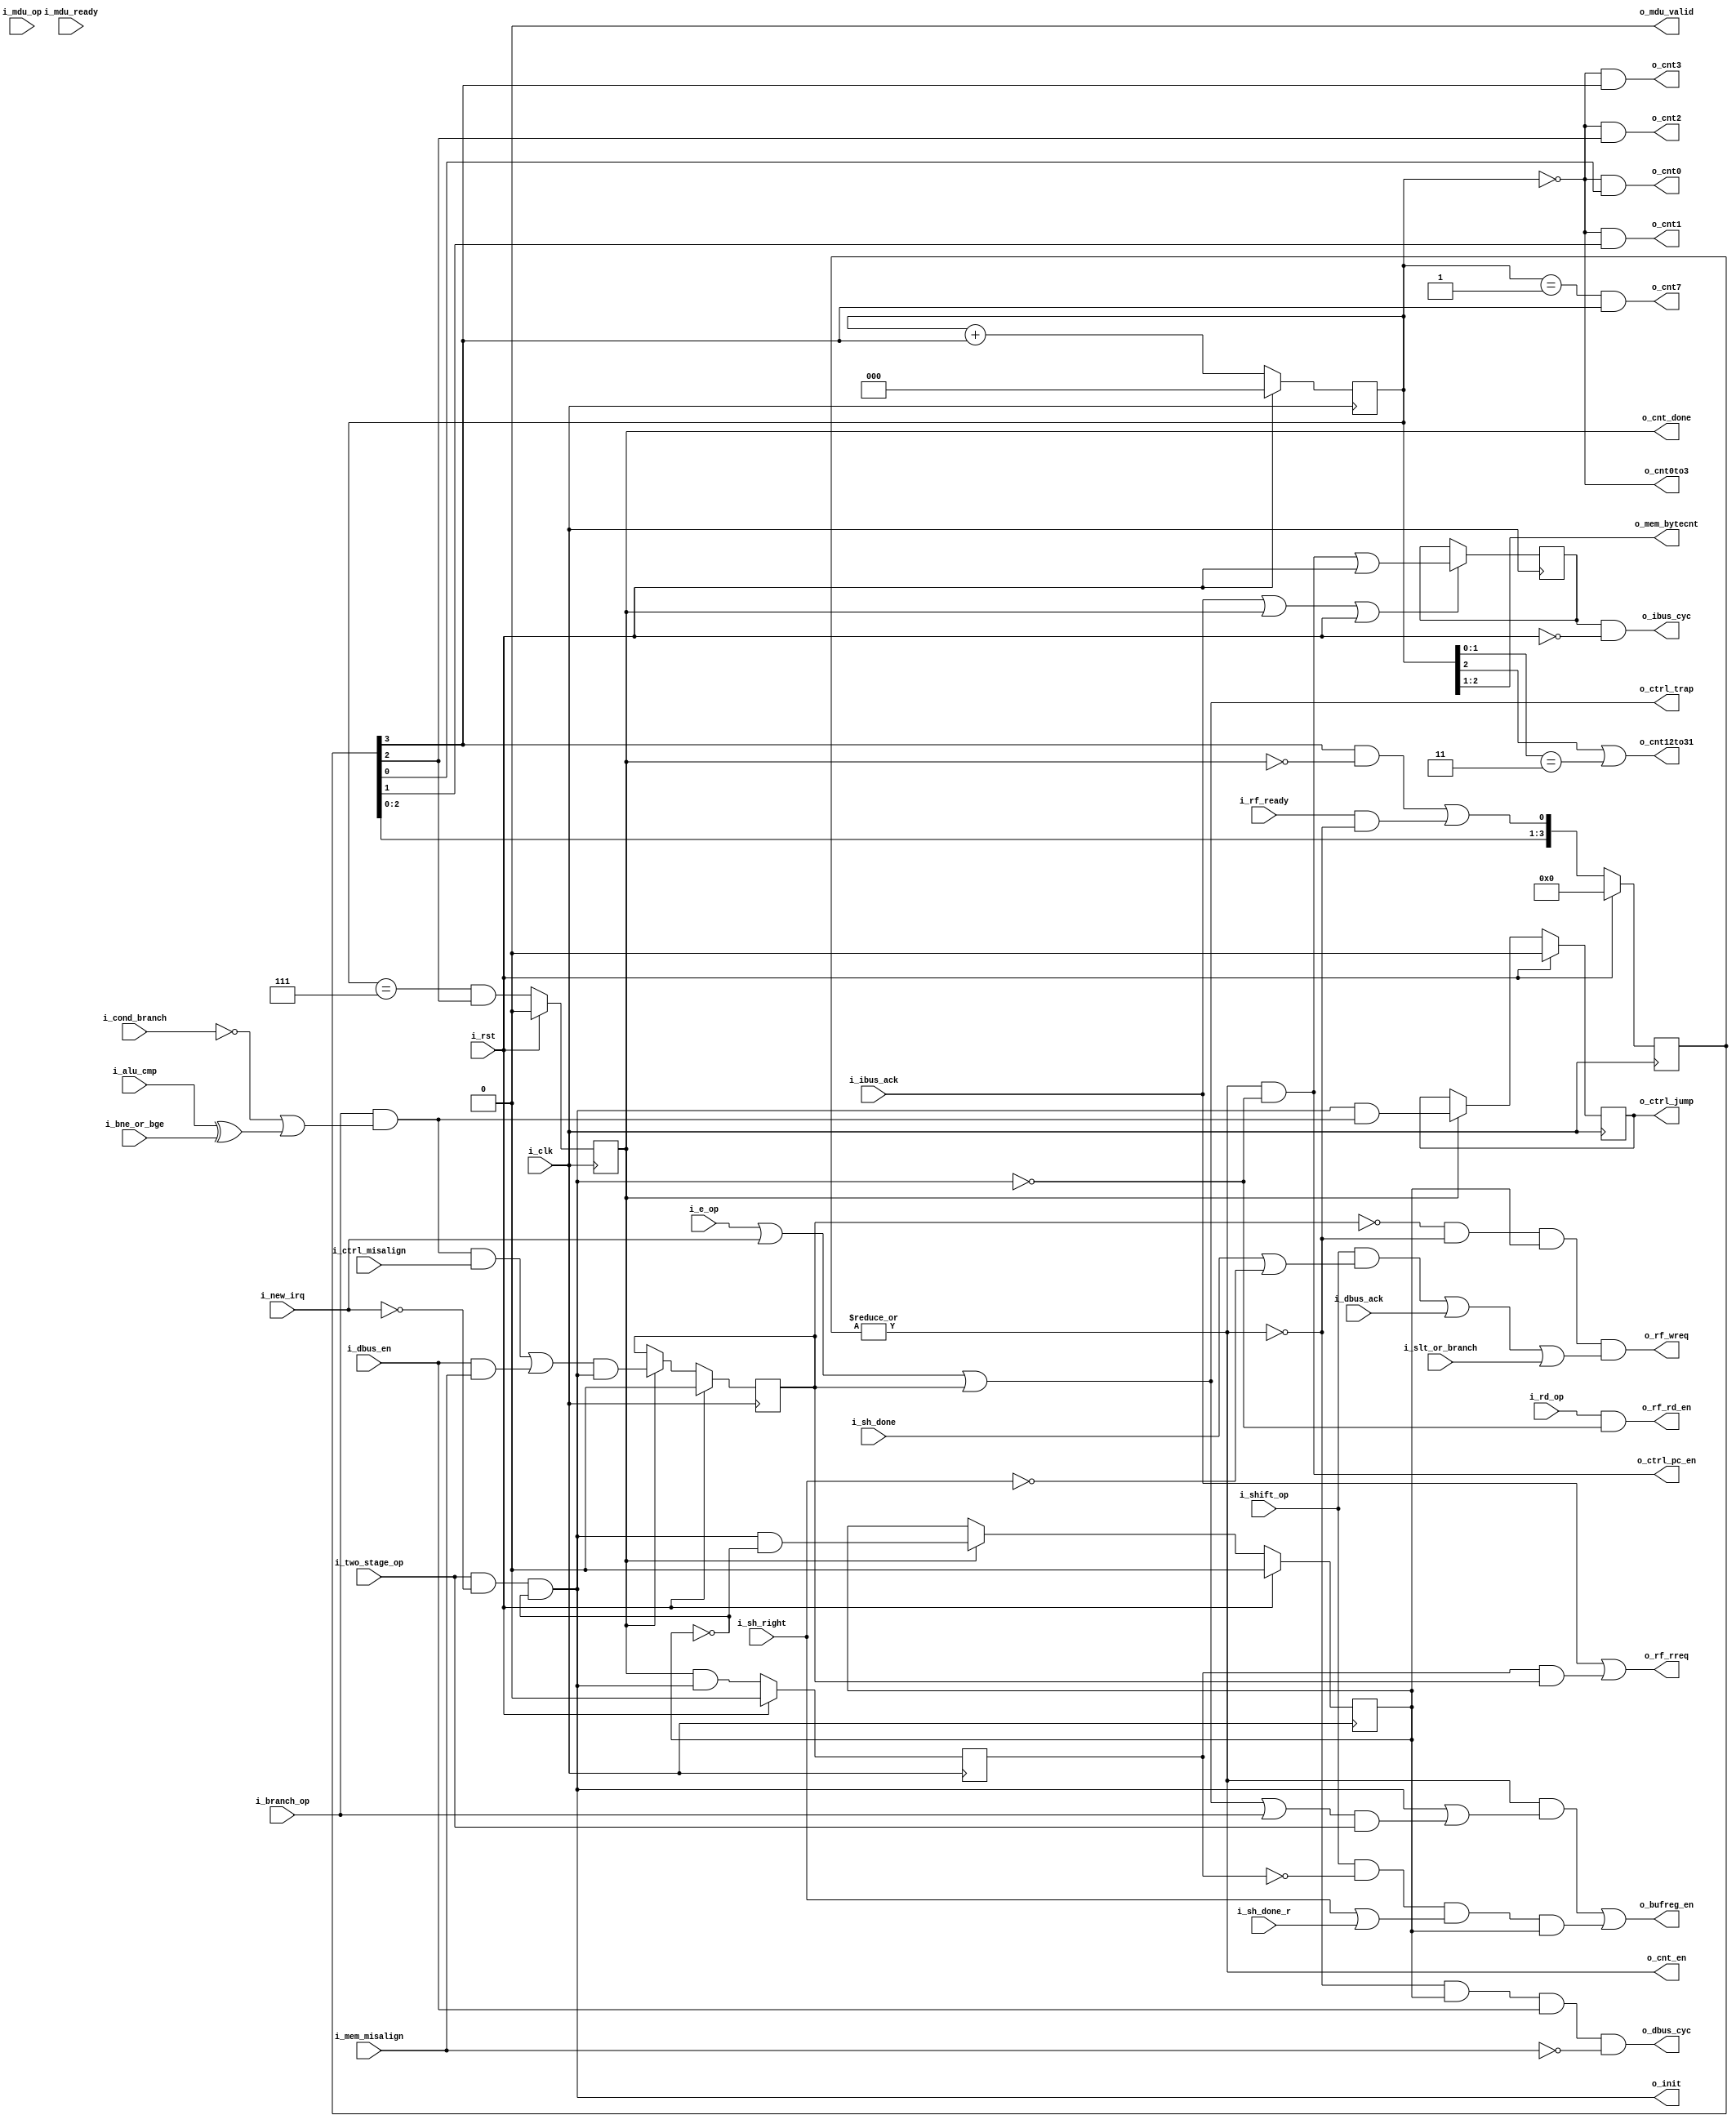
module serv_state
  #(parameter RESET_STRATEGY = "MINI",
    parameter [0:0] WITH_CSR = 1,
    parameter [0:0] ALIGN =0,
    parameter [0:0] MDU = 0)
  (
   input wire 	     i_clk,
   input wire 	     i_rst,
   //State
   input wire 	     i_new_irq,
   input wire 	     i_alu_cmp,
   output wire 	     o_init,
   output wire 	     o_cnt_en,
   output wire 	     o_cnt0to3,
   output wire 	     o_cnt12to31,
   output wire 	     o_cnt0,
   output wire 	     o_cnt1,
   output wire 	     o_cnt2,
   output wire 	     o_cnt3,
   output wire 	     o_cnt7,
   output reg 	     o_cnt_done,
   output wire 	     o_bufreg_en,
   output wire 	     o_ctrl_pc_en,
   output reg 	     o_ctrl_jump,
   output wire 	     o_ctrl_trap,
   input wire 	     i_ctrl_misalign,
   input wire 	     i_sh_done,
   input wire 	     i_sh_done_r,
   output wire [1:0] o_mem_bytecnt,
   input wire 	     i_mem_misalign,
   //Control
   input wire 	     i_bne_or_bge,
   input wire 	     i_cond_branch,
   input wire 	     i_dbus_en,
   input wire 	     i_two_stage_op,
   input wire 	     i_branch_op,
   input wire 	     i_shift_op,
   input wire 	     i_sh_right,
   input wire 	     i_slt_or_branch,
   input wire 	     i_e_op,
   input wire 	     i_rd_op,
   //MDU
   input wire 	     i_mdu_op,
   output wire 	     o_mdu_valid,
   //Extension
   input wire 	     i_mdu_ready,
   //External
   output wire 	     o_dbus_cyc,
   input wire 	     i_dbus_ack,
   output wire 	     o_ibus_cyc,
   input wire 	     i_ibus_ack,
   //RF Interface
   output wire 	     o_rf_rreq,
   output wire 	     o_rf_wreq,
   input wire 	     i_rf_ready,
   output wire 	     o_rf_rd_en);

   reg 	stage_two_req;
   reg 	init_done;
   wire misalign_trap_sync;

   reg [4:2] o_cnt;
   reg [3:0] o_cnt_r;

   reg 	     ibus_cyc;
   //Update PC in RUN or TRAP states
   assign o_ctrl_pc_en  = o_cnt_en & !o_init;

   assign o_cnt_en = |o_cnt_r;

   assign o_mem_bytecnt = o_cnt[4:3];

   assign o_cnt0to3   = (o_cnt[4:2] == 3'd0);
   assign o_cnt12to31 = (o_cnt[4] | (o_cnt[3:2] == 2'b11));
   assign o_cnt0 = (o_cnt[4:2] == 3'd0) & o_cnt_r[0];
   assign o_cnt1 = (o_cnt[4:2] == 3'd0) & o_cnt_r[1];
   assign o_cnt2 = (o_cnt[4:2] == 3'd0) & o_cnt_r[2];
   assign o_cnt3 = (o_cnt[4:2] == 3'd0) & o_cnt_r[3];
   assign o_cnt7 = (o_cnt[4:2] == 3'd1) & o_cnt_r[3];

   //Take branch for jump or branch instructions (opcode == 1x0xx) if
   //a) It's an unconditional branch (opcode[0] == 1)
   //b) It's a conditional branch (opcode[0] == 0) of type beq,blt,bltu (funct3[0] == 0) and ALU compare is true
   //c) It's a conditional branch (opcode[0] == 0) of type bne,bge,bgeu (funct3[0] == 1) and ALU compare is false
   //Only valid during the last cycle of INIT, when the branch condition has
   //been calculated.
   wire      take_branch = i_branch_op & (!i_cond_branch | (i_alu_cmp^i_bne_or_bge));

   //valid signal for mdu
   assign o_mdu_valid = MDU & !o_cnt_en & init_done & i_mdu_op;

   //Prepare RF for writes when everything is ready to enter stage two
   // and the first stage didn't cause a misalign exception
   assign o_rf_wreq = !misalign_trap_sync & !o_cnt_en & init_done &
	   	      ((i_shift_op & (i_sh_done | !i_sh_right)) |
	   	       i_dbus_ack | (MDU & i_mdu_ready) |
	   	       i_slt_or_branch);

   assign o_dbus_cyc = !o_cnt_en & init_done & i_dbus_en & !i_mem_misalign;

   //Prepare RF for reads when a new instruction is fetched
   // or when stage one caused an exception (rreq implies a write request too)
   assign o_rf_rreq = i_ibus_ack | (stage_two_req & misalign_trap_sync);

   assign o_rf_rd_en = i_rd_op & !o_init;

   /*
    bufreg is used during mem. branch and shift operations

    mem : bufreg is used for dbus address. Shift in data during phase 1.
          Shift out during phase 2 if there was an misalignment exception.

    branch : Shift in during phase 1. Shift out during phase 2

    shift : Shift in during phase 1. Continue shifting between phases (except
            for the first cycle after init). Shift out during phase 2
    */
   assign o_bufreg_en = (o_cnt_en & (o_init | ((o_ctrl_trap | i_branch_op) & i_two_stage_op))) | (i_shift_op & !stage_two_req & (i_sh_right | i_sh_done_r) & init_done);

   assign o_ibus_cyc = ibus_cyc & !i_rst;

   assign o_init = i_two_stage_op & !i_new_irq & !init_done;

   always @(posedge i_clk) begin
      //ibus_cyc changes on three conditions.
      //1. i_rst is asserted. Together with the async gating above, o_ibus_cyc
      //   will be asserted as soon as the reset is released. This is how the
      //   first instruction is fetced
      //2. o_cnt_done and o_ctrl_pc_en are asserted. This means that SERV just
      //   finished updating the PC, is done with the current instruction and
      //   o_ibus_cyc gets asserted to fetch a new instruction
      //3. When i_ibus_ack, a new instruction is fetched and o_ibus_cyc gets
      //   deasserted to finish the transaction
      if (i_ibus_ack | o_cnt_done | i_rst)
	ibus_cyc <= o_ctrl_pc_en | i_rst;

      if (o_cnt_done) begin
	 init_done <= o_init & !init_done;
	 o_ctrl_jump <= o_init & take_branch;
      end
      o_cnt_done <= (o_cnt[4:2] == 3'b111) & o_cnt_r[2];

      //Need a strobe for the first cycle in the IDLE state after INIT
      stage_two_req <= o_cnt_done & o_init;

      /*
       Because SERV is 32-bit bit-serial we need a counter than can count 0-31
       to keep track of which bit we are currently processing. o_cnt and o_cnt_r
       are used together to create such a counter.
       The top three bits (o_cnt) are implemented as a normal counter, but
       instead of the two LSB, o_cnt_r is a 4-bit shift register which loops 0-3
       When o_cnt_r[3] is 1, o_cnt will be increased.

       The counting starts when the core is idle and the i_rf_ready signal
       comes in from the RF module by shifting in the i_rf_ready bit as LSB of
       the shift register. Counting is stopped by using o_cnt_done to block the
       bit that was supposed to be shifted into bit 0 of o_cnt_r.

       There are two benefit of doing the counter this way
       1. We only need to check four bits instead of five when we want to check
       if the counter is at a certain value. For 4-LUT architectures this means
       we only need one LUT instead of two for each comparison.
       2. We don't need a separate enable signal to turn on and off the counter
       between stages, which saves an extra FF and a unique control signal. We
       just need to check if o_cnt_r is not zero to see if the counter is
       currently running
       */
      o_cnt <= o_cnt + {2'd0,o_cnt_r[3]};
      o_cnt_r <= {o_cnt_r[2:0],(o_cnt_r[3] & !o_cnt_done) | (i_rf_ready & !o_cnt_en)};
      if (i_rst) begin
	 if (RESET_STRATEGY != "NONE") begin
	    o_cnt   <= 3'd0;
	    init_done <= 1'b0;
	    o_ctrl_jump <= 1'b0;
	    o_cnt_done <= 1'b0;
	    o_cnt_r <= 4'b0000;
	    stage_two_req <= 1'b0;
	 end
      end
   end

   assign o_ctrl_trap = WITH_CSR & (i_e_op | i_new_irq | misalign_trap_sync);

   generate
      if (WITH_CSR) begin
	 reg 	misalign_trap_sync_r;

	 //trap_pending is only guaranteed to have correct value during the
	 // last cycle of the init stage
	 wire trap_pending = WITH_CSR & ((take_branch & i_ctrl_misalign & !ALIGN) |
					 (i_dbus_en   & i_mem_misalign));

	 always @(posedge i_clk) begin
	    if (o_cnt_done)
	      misalign_trap_sync_r <= trap_pending & o_init;
	    if (i_rst)
	      if (RESET_STRATEGY != "NONE")
		misalign_trap_sync_r <= 1'b0;
	 end
	 assign misalign_trap_sync = misalign_trap_sync_r;
      end else
	assign misalign_trap_sync = 1'b0;
   endgenerate
endmodule